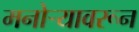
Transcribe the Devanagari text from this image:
मनोर्‍यावरून